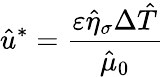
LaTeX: \hat{u}^{*}=\frac{\varepsilon\hat{\eta}_{\sigma}\Delta\hat{T}}{\hat{\mu}_{0}}